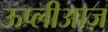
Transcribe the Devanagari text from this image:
ऊप्लीआज़